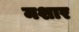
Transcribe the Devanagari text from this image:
मशार